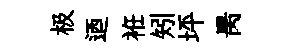
极迺袵矧坪昺